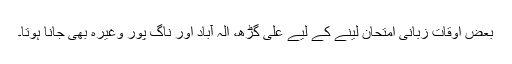
بعض اوقات زبانی امتحان لینے کے لیے علی گڑھ، الہ آباد اور ناگ پور وغیرہ بھی جانا ہوتا۔